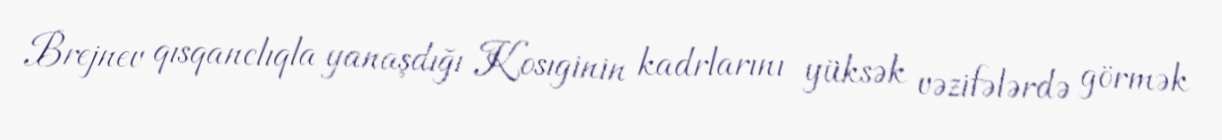
Brejnev qısqanclıqla yanaşdığı Kosıginin kadrlarını yüksək vəzifələrdə görmək